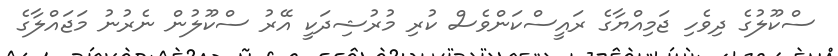
ސްކޫލުގެ ދިވެހި ޖަމިއްޔާގެ ރައީސްކަންވެސް ކުރި މުރުޝިދަކީ އޭރު ސްކޫލުން ނެރުނު މަޖައްލާގެ